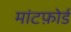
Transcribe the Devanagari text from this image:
मांटफ़ोर्ड